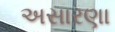
અસારણા